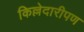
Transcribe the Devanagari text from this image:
किल्लेदारीपण